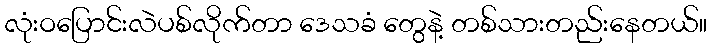
လုံးဝပြောင်းလဲပစ်လိုက်တာ ဒေသခံ တွေနဲ့ တစ်သားတည်းနေတယ်။